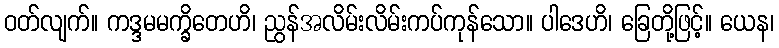
ဝတ်လျက်။ ကဒ္ဒမမက္ခိတေဟိ၊ ညွန်အလိမ်းလိမ်းကပ်ကုန်သော။ ပါဒေဟိ၊ ခြေတို့ဖြင့်။ ယေန၊